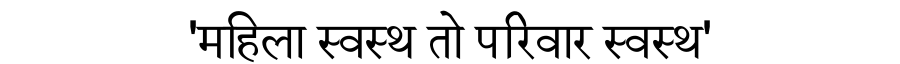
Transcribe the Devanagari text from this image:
'महिला स्वस्थ तो परिवार स्वस्थ'